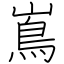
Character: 嶌